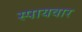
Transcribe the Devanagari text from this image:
स्पायवार